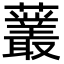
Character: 䕺